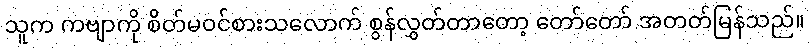
သူက ကဗျာကို စိတ်မဝင်စားသလောက် စွန်လွှတ်တာတော့ တော်တော် အတတ်မြန်သည်။